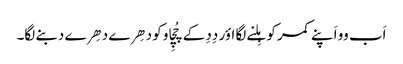
اَب وو اَپنے کمر کو ہِلنے لگا اؤر دِدِ کے چُچِاو کو دھِرے دھِرے دبنے لگا۔